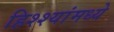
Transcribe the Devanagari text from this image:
हिश्श्यांमध्ये